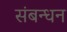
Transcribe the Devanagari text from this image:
संबन्धन